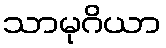
သာမုဂိယာ